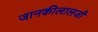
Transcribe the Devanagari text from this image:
जानकीलालजी